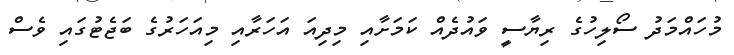
މުހައްމަދު ސޯލިހުގެ ރިޔާސީ ވައުދެއް ކަމަށާއި މިދިއަ އަހަރާއި މިއަަހަރުގެ ބަޖެޓުގައި ވެސް